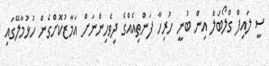
ސީ ލައިފް ގްލޯބަލް އިން ބުނީ ހުރިހާ ފަންތިއެއްގެ ދިވެހިންނަށް އަމާޒުކޮށްގެން ހުޅުމާލޭގައި